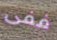
ففى